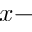
x -